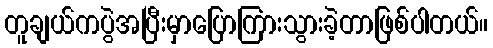
တူချယ်ကပွဲအပြီးမှာပြောကြားသွားခဲ့တာဖြစ်ပါတယ်။